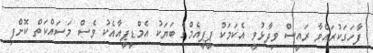
ފާހަގަކުރައްވާ ރައީސް ވިދާޅުވީ އެކަމަކު ޕީޕީއެމްގެ ބަޔަކު އެމްޑީޕީއާއެކު ވެސް މަސައްކަތް ކޮށްފި